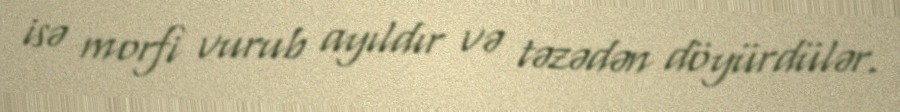
isə morfi vurub ayıldır və təzədən döyürdülər.